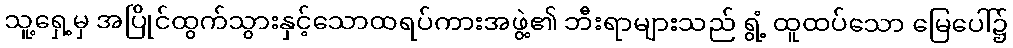
သူ့ရှေ့မှ အပြိုင်ထွက်သွားနှင့်သောထရပ်ကားအဖွဲ့၏ ဘီးရာများသည် ရွံ့ ထူထပ်သော မြေပေါ်၌